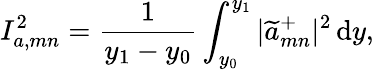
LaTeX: I_{a,mn}^{2}=\frac{1}{y_{1}-y_{0}}\int_{y_{0}}^{y_{1}}|\widetilde{a}_{mn}^{+}|^{2}{\, \mathrm{{d}}}y,